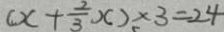
( x + \frac { 2 } { 3 } x ) \times 3 = 2 4